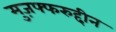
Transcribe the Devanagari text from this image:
मुज़फ्फरुद्दीन